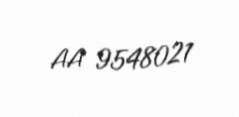
AA 9548021